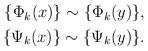
LaTeX: \begin{align*}\begin{aligned}\{\Phi_k(x)\}\sim \{\Phi_k(y)\},\\\{\Psi_k(x)\}\sim \{\Psi_k(y)\}.\end{aligned}\end{align*}